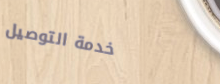
خدمة التوصيل